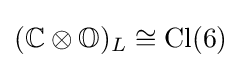
(\mathbb {C\otimes O} )_{L}\cong \mathrm {Cl(6)}